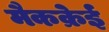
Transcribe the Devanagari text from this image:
मैकक्रेई